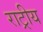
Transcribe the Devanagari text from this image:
राट्रीय